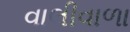
વાલીવાળા